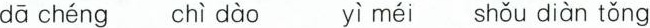
dā chéng chì dào yì méi shǒu diàn tǒng